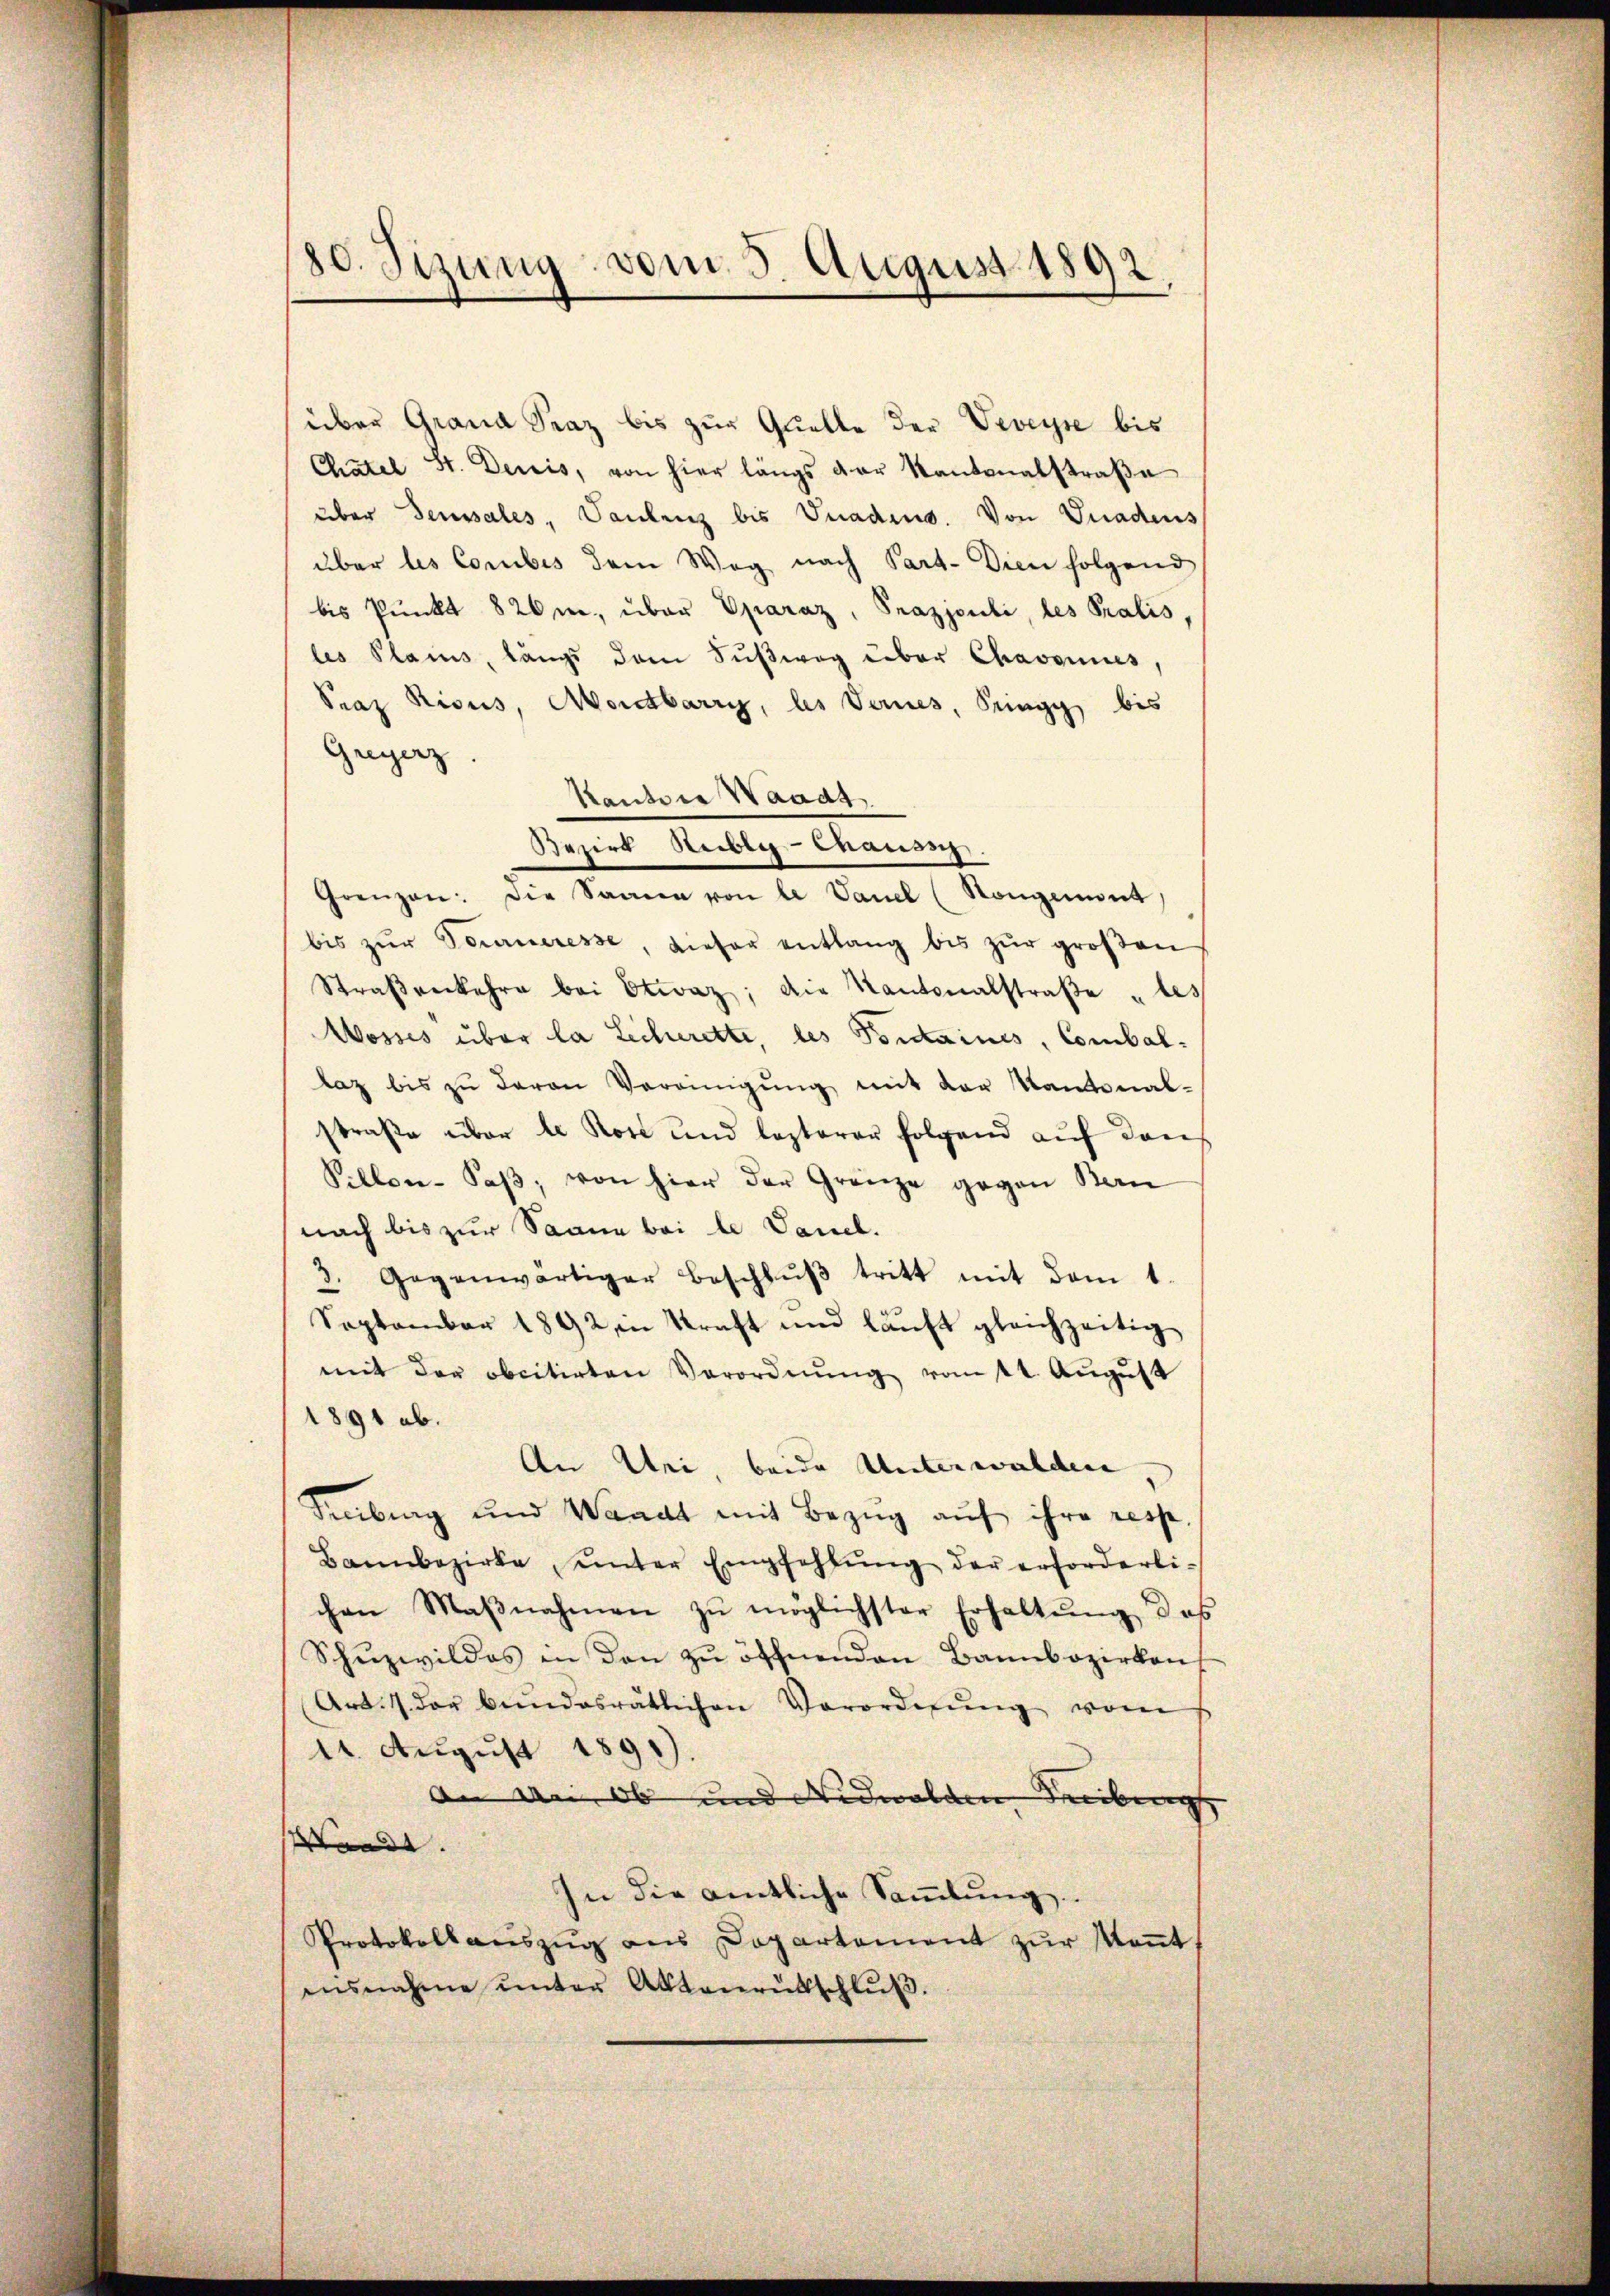
80. Sizung vom 5. August 1892

über Grand Graz bis zur Quelle der Veveyse bis
Chatel St. Denis, von hier längs der Kantonalstraβe
aber Sensales, Vaulenz bis Gnadens. Von Gnadens
über les Corbis dem Weg nach Part. Dien folgend
bis Punkt 820 m, über Oparaz, Prazjouli, les Pralis,
les Plains, längs dam Sŭβweg über Chravonis
Praz Risus, Montbarri, les Vernes, Pringg bis
Greyerz.
Kanton Waadt
Bezirk Reibe Chaussch
Grenzen: die Samen von de Vanel (Rongement
bis zŭr Tourneresse, dieser entlang bis zŭr groβen
Straβenkehre bei Otwaz; die Kantonalstraβe „les
Wosses über la Lecherette, les Portainis, Comballaz bis zŭ davon Vereinigŭng mit der Kantonal-
straße über de Rost und lezterer folgend aŭf dan
Pillon-Saβ, von hier der Gränze gegen Bern
nach bis zur Saane bei le Vauel.
3. Gegenwärtiger Beschlŭβ tritt mit dem 1.
September 1892 in Kraft und läuft gleichzeitig
mit der obcitirten Verordnŭng vom 4. Aŭgŭst
1891 ab.
An Uri, beide Unterwalden
Freiburg und Waadt mit Bezŭg aŭf ihre resp.
Bannbezirke, ŭnter Empfehlŭng der erforderli-
chen Maβnahmen zŭ möglichster Erhaltŭng des
Schŭzwildes in den zŭ öffnenden Bannbozirken
Art. 7 der bundesrätlichen Verordnŭng vom
14. August 1891).
in an ob und Nidwalden Tribung
Wande
In die amtliche Sammlung
Protokollauszug aus Dopartement zur Keṅt
ensnahme unter Aktenrütschlŭβ.